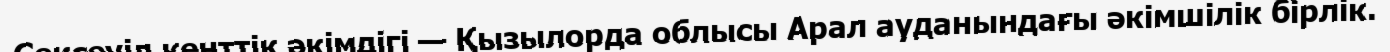
Сексеуіл кенттік әкімдігі — Қызылорда облысы Арал ауданындағы әкімшілік бірлік.